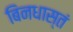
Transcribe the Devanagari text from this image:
बिनधास्तं